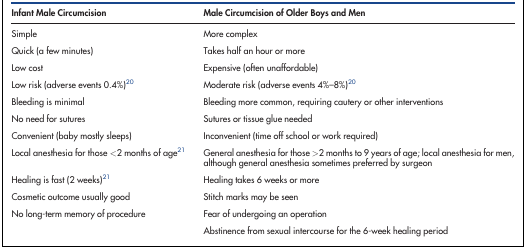
| Infant Male Circumcision | Male Circumcision of Older Boys and Men |
 | --- | --- |
 | Simple | More complex |
 | Quick (a few minutes) | Takes half an hour or more |
 | Low cost | Expensive (often unaffordable) |
 | Low risk (adverse events 0.4%)20 | Moderate risk (adverse events 4%–8%)20 |
 | Bleeding is minimal | Bleeding more common, requiring cautery or other interventions |
 | No need for sutures | Sutures or tissue glue needed |
 | Convenient (baby mostly sleeps) | Inconvenient (time off school or work required) |
 | Local anesthesia for those <2 months of age21 | General anesthesia for those >2 months to 9 years of age; local anesthesia for men, although general anesthesia sometimes preferred by surgeon |
 | Healing is fast (2 weeks)21 | Healing takes 6 weeks or more |
 | Cosmetic outcome usually good | Stitch marks may be seen |
 | No long-term memory of procedure | Fear of undergoing an operation |
 |  | Abstinence from sexual intercourse for the 6-week healing period |